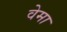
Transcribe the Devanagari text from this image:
वेमा